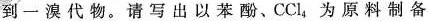
到一溴代物。请写出以苯酚、CCl_{4}为原料制备